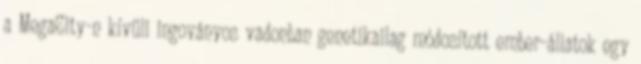
a MegaCity-n kívüli ingoványos vadonban genetikailag módosított ember-állatok egy